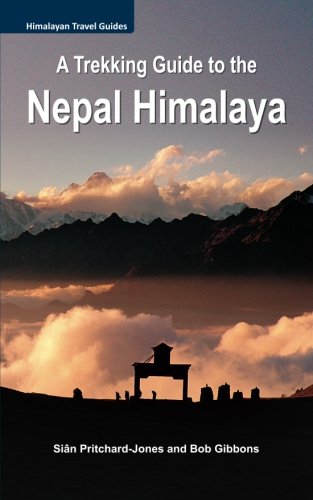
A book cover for A Trekking Guide to the Nepal Himalaya: Everest, Annapurna, Langtang, Ganesh, Manaslu & Tsum, Rolwaling, Dolpo, Kangchenjunga, Makalu, West Nepal (Himalayan Travel Guides); Sian Pritchard-Jones; Travel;